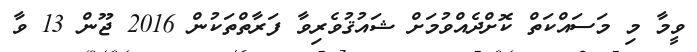
ވީމާ މި މަސައްކަތް ކޮށްދެއްވުމަށް ޝައުޤުވެރިވާ ފަރާތްތަކުން 2016 ޖޫން 13 ވާ